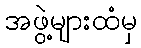
အဖွဲ့များထံမှ